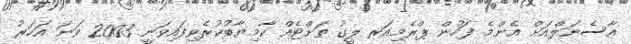
އާސެނަލްއަށް އެންމެ ފަހުން ޕްރެމިއަރ ލީގު ތަށްޓެއް ކާމިޔާބުކުރެވިފައިވަނީ 2003 ވަނަ އަހަރު